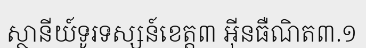
ស្ថានីយ៍ទូរទស្សន៍ខេត្ត៣ អ៊ីនធឺណិត៣.១